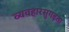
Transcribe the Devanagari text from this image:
व्यवहारसुगढ़ता